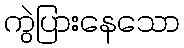
ကွဲပြားနေသော